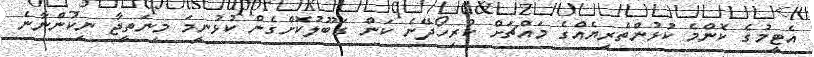
އެޓީމުގެ ކޮންމެ ކުޅުންތެރިޔެއްގެ މައްޗަށް ކުރިހޯދޭނެ ކަން ގަބޫލުކޮށްގެން ކުޅުނީމަ މިނަތީޖާ ނިކުންނާނެ